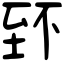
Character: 𦤹